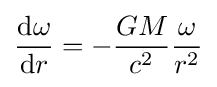
{\frac {\mathrm {d} \omega }{\mathrm {d} r}}=-{\frac {GM}{c^{2}}}{\frac {\omega }{r^{2}}}